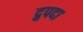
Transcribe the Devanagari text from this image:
द्रुपदा